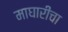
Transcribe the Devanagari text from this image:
माघारीचा